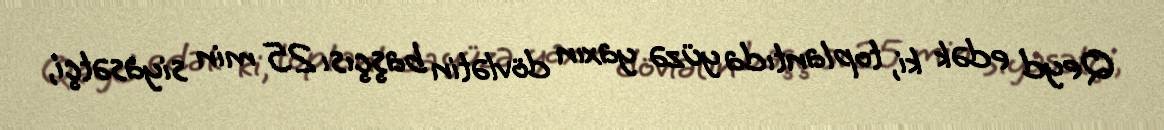
Qeyd edək ki, toplantıda yüzə yaxın dövlətin başçısı 25 min siyasətçi,